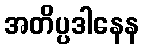
အတိပ္ပဒါနေန